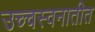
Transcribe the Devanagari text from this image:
उच्चस्वनातीत